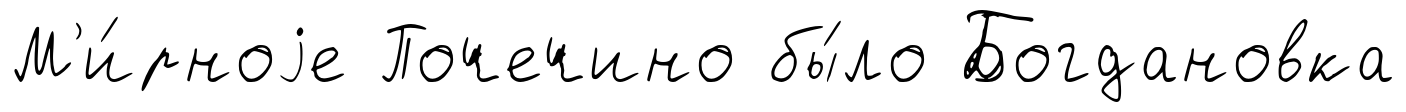
М'и́рноjе Почечино бы́ло Богдановка